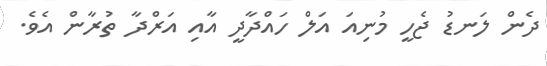
ދެން ލަނޑު ޖެހީ މުނިއަ އަލް ހައްދާދީ އާއި އަރްދާ ތުރާން އެވެ.